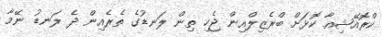
ކްރޮއޭޝިއާ ކޮޅަށް ބްރެޒިލްއިން ޖެހި ތިން ލަނޑުގެ ތެރެއިން ދެ ލަނޑު ނޭމާ